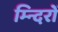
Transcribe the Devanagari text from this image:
म्न्दिरों